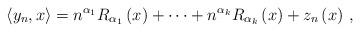
LaTeX: \begin{align*}\left\langle y_{n},x\right\rangle =n^{\alpha_{1}}R_{\alpha_{1}}\left(x\right) +\cdots+n^{\alpha_{k}}R_{\alpha_{k}}\left( x\right) +z_{n}\left(x\right) \,, \end{align*}